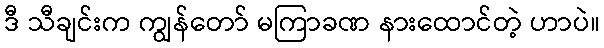
ဒီ သီချင်းက ကျွန်တော် မကြာခဏ နားထောင်တဲ့ ဟာပဲ။